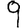
Digit: 9